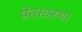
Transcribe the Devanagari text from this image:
प्रेतावस्था